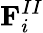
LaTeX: \mathbf{F}_{i}^{II}